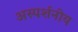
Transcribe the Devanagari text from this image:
अस्पर्शनीय